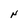
Character: N